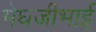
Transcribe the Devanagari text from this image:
मेघजीभाई